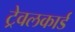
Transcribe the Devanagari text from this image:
ट्रेवलकार्ड